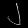
Digit: ၂